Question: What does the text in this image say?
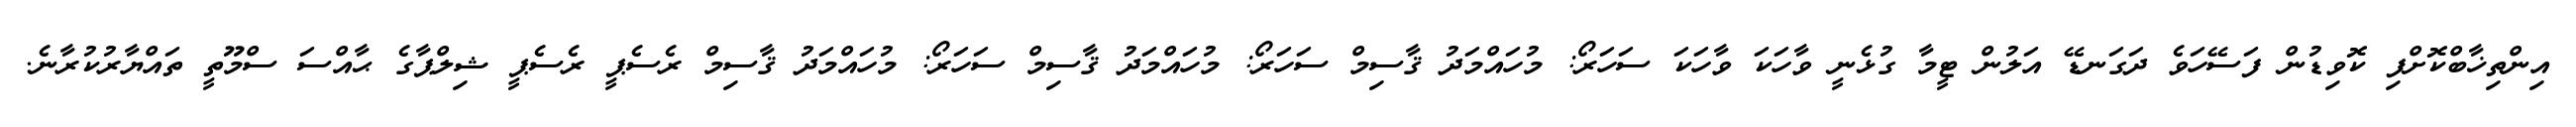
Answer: އިންތިޚާބްކޮށްފި ކޮވިޑުން ފަސޭހަވެ ދަގަނޑޭ އަލުން ޓީމާ ގުޅެނީ ވާހަކަ ވާހަކަ ސަހަރޯ: މުހައްމަދު ޤާސިމް ސަހަރޯ: މުހައްމަދު ޤާސިމް ސަހަރޯ: މުހައްމަދު ޤާސިމް ރެސެޕީ ރެސެޕީ ޝިލްޕާގެ ޙާއްސަ ސްމޫތީ ތައްޔާރުކުރާނެ.